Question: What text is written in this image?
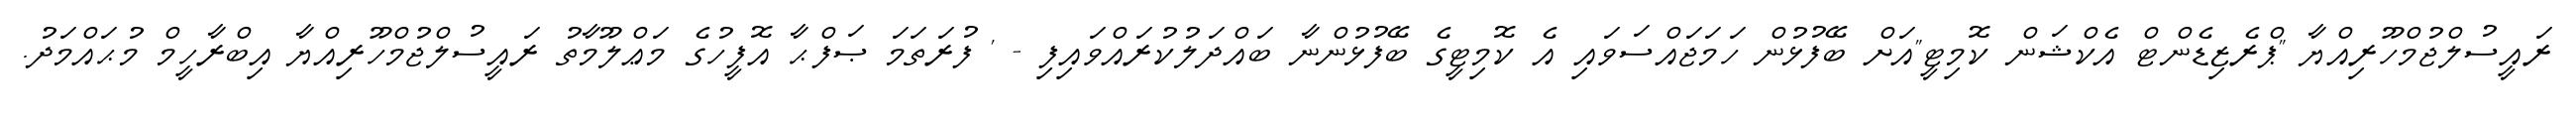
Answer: ރައީސުލްޖުމްހޫރިއްޔާ "ޕްރެޒިޑެންޓް އެކްޝަން ކޮމިޓީ"އަށް ބޭފުޅުން ހަމަޖައްސަވައި އެ ކޮމިޓީގެ ބޭފުޅުންނާ ބައްދަލުކުރައްވައިފި - ' ފުރަތަމަ ޞަފްޙާ އޮފީހުގެ މަޢްލޫމާތު ރައީސުލްޖުމްހޫރިއްޔާ އިބްރާހީމް މުޙައްމަދު.